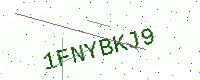
Text: 1FNYBKJ9